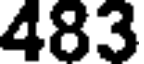
483